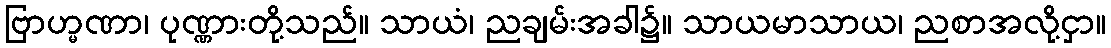
ဗြာဟ္မဏာ၊ ပုဏ္ဏားတို့သည်။ သာယံ၊ ညချမ်းအခါ၌။ သာယမာသာယ၊ ညစာအလို့ငှာ။